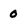
Character: 0